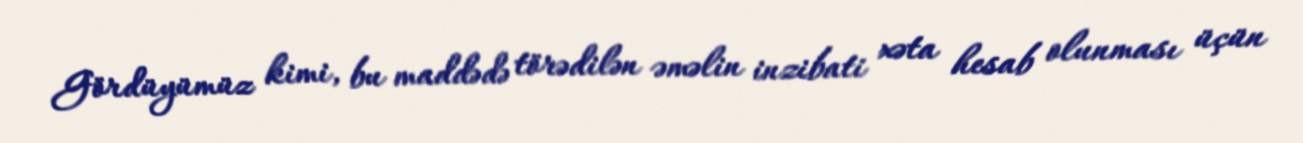
Gördüyümüz kimi, bu maddədə törədilən əməlin inzibati xəta hesab olunması üçün